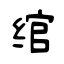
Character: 绾